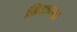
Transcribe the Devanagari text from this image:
बिडाच्या